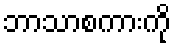
ဘာသာစကားကို